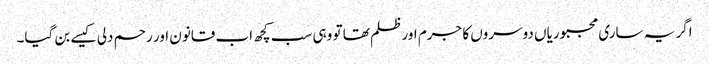
اگر یہ ساری مجبوریاں دوسروں کا جرم اور ظلم تھا تو وہی سب کچھ اب قانون اور رحم دلی کیسے بن گیا۔